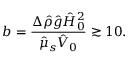
b = \frac { \Delta \hat { \rho } \hat { g } \hat { H } _ { 0 } ^ { 2 } } { \hat { \mu } _ { s } \hat { V } _ { 0 } } \gtrsim 1 0 .